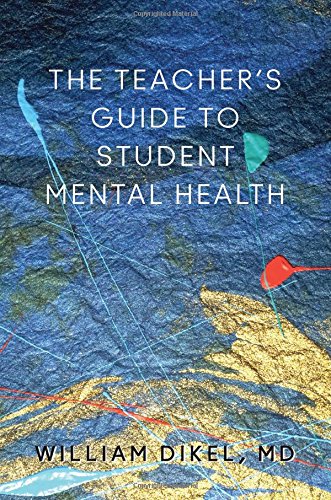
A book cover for The Teacher's Guide to Student Mental Health (Norton Books in Education); William Dikel; Education & Teaching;